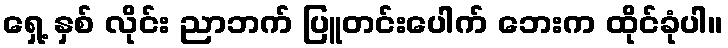
ရှေ့ နှစ် လိုင်း ညာဘက် ပြူတင်းပေါက် ဘေးက ထိုင်ခုံပါ။